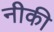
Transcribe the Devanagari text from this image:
नीकी